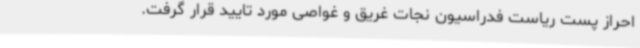
احراز پست ریاست فدراسیون نجات غریق و غواصی مورد تایید قرار گرفت.